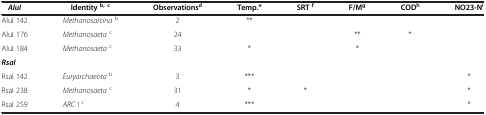
| AluI | Identityb, c | Observationsd | Temp.e | SRTf | F/Mg | CODh | NO23-Ni |
 | --- | --- | --- | --- | --- | --- | --- | --- |
 | AluI 142 | Methanosarcinab | 2 | ** |  |  |  |  |
 | AluI 176 | Methanosaetac | 24 |  |  | ** | * |  |
 | AluI 184 | Methanosaetac | 33 | * |  | * |  |  |
 | RsaI |  |  |  |  |  |  |  |
 | RsaI 142 | Euryarchaeotab | 3 | *** |  |  |  | * |
 | RsaI 238 | Methanosaetac | 31 | * | * |  |  | * |
 | RsaI 259 | ARC Ic | 4 | *** |  |  |  | * |